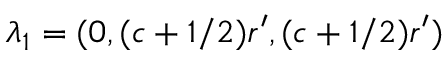
\lambda _ { 1 } = ( 0 , ( c + 1 / 2 ) r ^ { \prime } , ( c + 1 / 2 ) r ^ { \prime } )